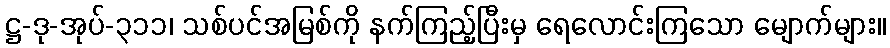
ဋ္ဌ-ဒု-အုပ်-၃၁၁၊ သစ်ပင်အမြစ်ကို နက်ကြည့်ပြီးမှ ရေလောင်းကြသော မျောက်များ။